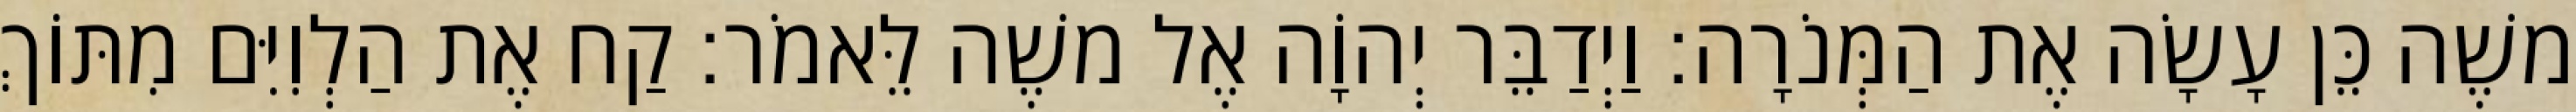
משֶׁה כֵּן עָשָׂה אֶת הַמְּנֹרָה׃ וַיְדַבֵּר יְהוָֹה אֶל משֶׁה לֵּאמֹר׃ קַח אֶת הַלְוִיִּם מִתּוֹךְ